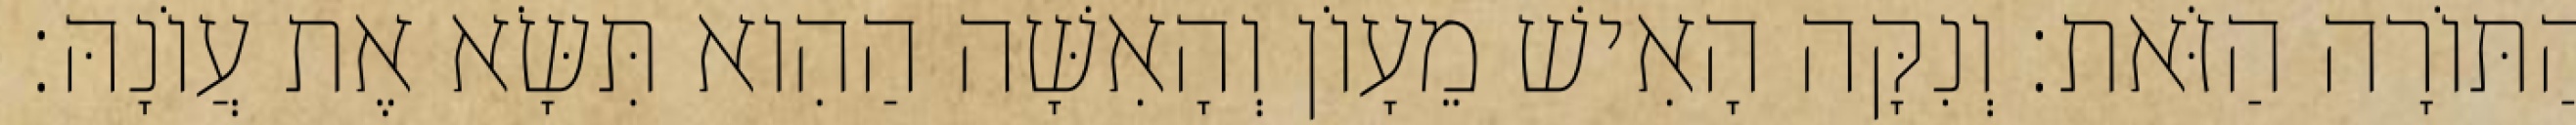
הַתּוֹרָה הַזֹּאת׃ וְנִקָּה הָאִישׁ מֵעָוֹן וְהָאִשָּׁה הַהִוא תִּשָּׂא אֶת עֲוֹנָהּ׃